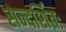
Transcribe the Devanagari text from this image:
सन्दर्शितः